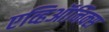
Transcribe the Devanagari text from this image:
एव्हिऑनिक्स